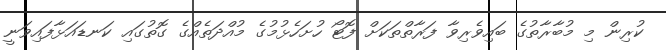
ކުރިން މި މުބާރާތުގެ ބައިވެރިވާ ފަރާތްތަކަށް ފޮޓޯ ހުށަހެޅުމުގެ މުއްދަތެއްގެ ގޮތުގައި ކަނޑައަޅާފައިވަނީ